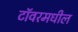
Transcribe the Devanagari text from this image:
टॉवरमधील